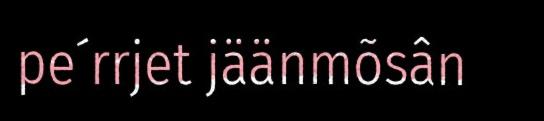
pe´rrjet jäänmõsân